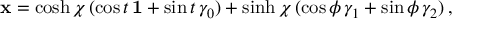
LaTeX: { \bf x } = \cosh \chi \, ( \cos t \, { \bf 1 } + \sin t \, \gamma _ { 0 } ) + \sinh \chi \, ( \cos \phi \, \gamma _ { 1 } + \sin \phi \, \gamma _ { 2 } ) \, ,